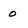
Character: 0